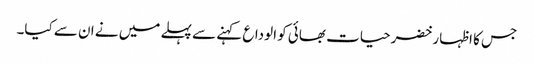
جس کا اظہار خضرحیات بھائی کو الوداع کہنے سے پہلے میں نے ان سے کیا۔